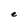
Character: e